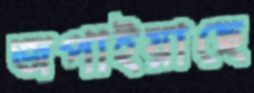
জপাইয়াছে